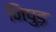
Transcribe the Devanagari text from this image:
निपुड़